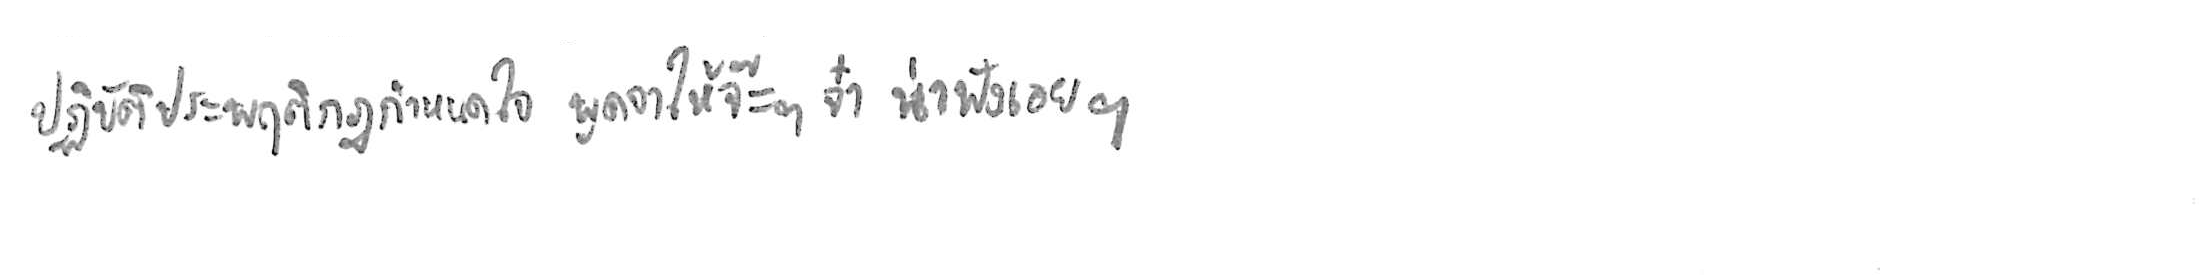
ปฏิบัติประพฤติกฎกำหนดใจ พูดจาให้จ๊ะๆ จ๋า น่าฟังเอยฯ